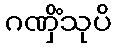
ဂဏှိံသုပိ